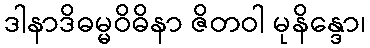
ဒါနာဒိဓမ္မဝိဓိနာ ဇိတဝါ မုနိန္ဒော၊